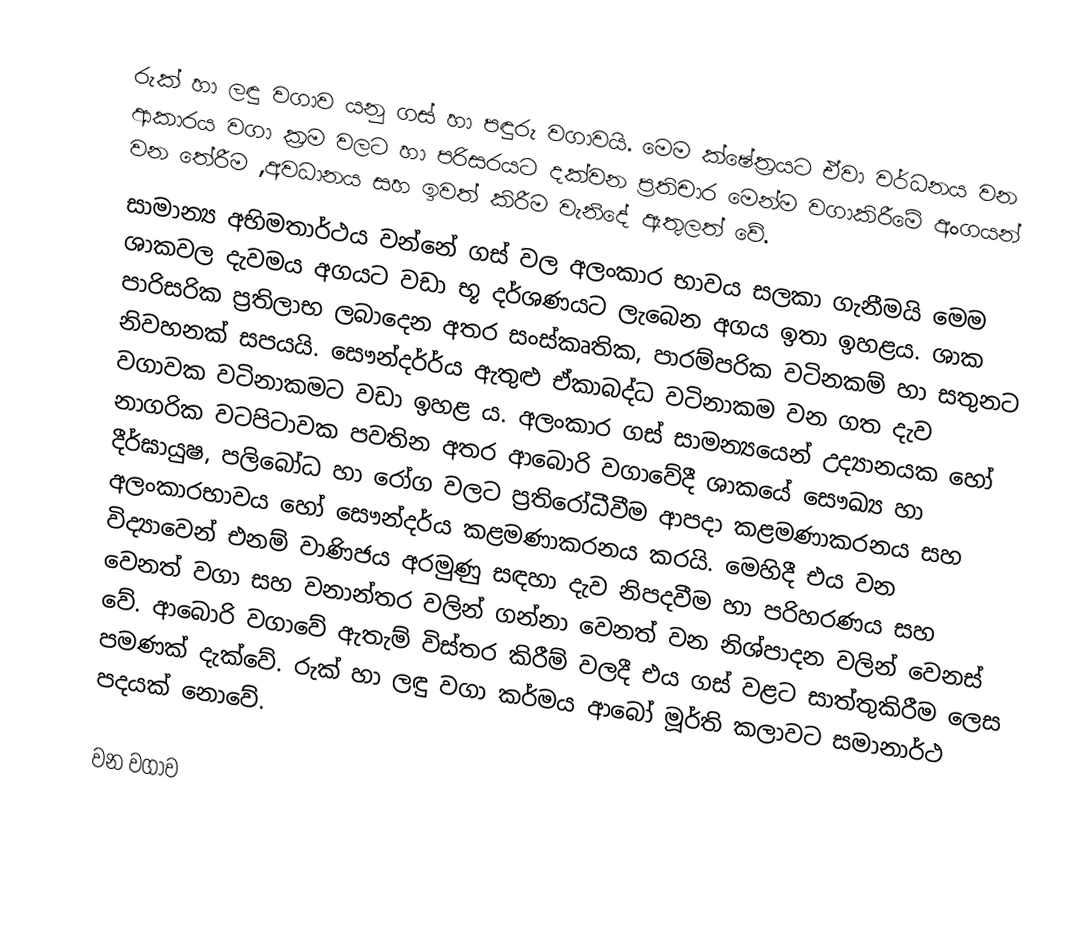
රුක් හා ලඳු වගාව යනු ගස් හා පඳුරු වගාවයි. මෙම ක්ෂේත්‍රයට ඒවා වර්ධනය වන ආකාරය වගා ක්‍රම වලට හා පරිසරයට දක්වන ප්‍රතිචාර මෙන්ම වගාකිරීමේ අංගයන් වන තේරීම ,අවධානය සහ ඉවත් කිරීම වැනිදේ ඇතුලත් වේ.
සාමාන්‍ය අභිමතාර්ථය වන්නේ ගස් වල අලංකාර භාවය සලකා ගැනීමයි මෙම ශාකවල දැවමය අගයට වඩා භූ දර්ශණයට ලැබෙන අගය ඉතා ඉහළය. ශාක පාරිසරික ප්‍රතිලාභ  ලබාදෙන අතර සංස්කෘතික, පාරම්පරික වටිනකම් හා සතුනට නිවහනක් සපයයි.   සෞන්දර්‍ර්ය ඇතුළු ඒකාබද්ධ වටිනාකම වන ගත දැව වගාවක වටිනාකමට වඩා ඉහළ ය. අලංකාර ගස් සාමන්‍යයෙන් උද්‍යානයක හෝ නාගරික වටපිටාවක පවතින අතර ආබොරි වගාවේදී ශාකයේ සෞඛ්‍ය හා දීර්ඝායුෂ, පලිබෝධ හා රෝග වලට ප්‍රතිරෝධීවීම ආපදා කළමණාකරනය සහ අලංකාරභාවය හෝ සෞන්දර්ය කළමණාකරනය කරයි. මෙහිදී එය වන විද්‍යාවෙන් එනම් වාණිජ‍ය අරමුණු සඳහා දැව නිපදවීම හා පරිහරණය සහ  වෙනත් වගා සහ වනාන්තර වලින් ගන්නා වෙනත් වන නිශ්පාදන වලින් වෙනස් වේ. ආබොරි වගාවේ ඇතැම් විස්තර  කිරීම් වලදී එය ගස් වළට සාත්තුකිරීම ලෙස පමණක් දැක්වේ. රුක් හා ලඳු වගා කර්මය ආබෝ මූර්ති කලාවට  සමානාර්ථ පදයක් නොවේ.

වන වගාව